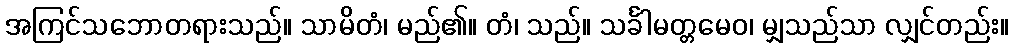
အကြင်သဘောတရားသည်။ သာမိတံ၊ မည်၏။ တံ၊ သည်။ သင်္ခါမတ္တမေဝ၊ မျှသည်သာ လျှင်တည်း။